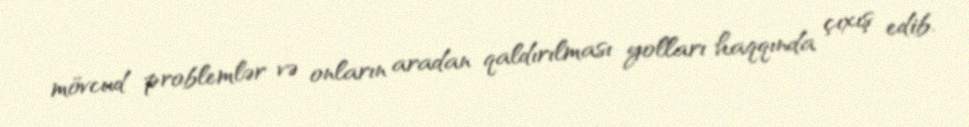
mövcud problemlər və onların aradan qaldırılması yolları haqqında çıxış edib.